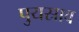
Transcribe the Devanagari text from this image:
पुयस्राव